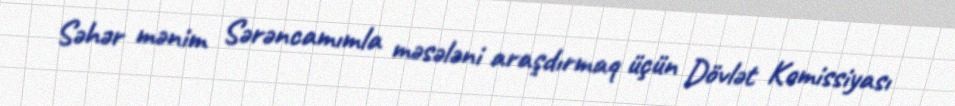
Səhər mənim Sərəncamımla məsələni araşdırmaq üçün Dövlət Komissiyası